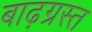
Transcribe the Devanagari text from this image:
बाढ़ग्रस्‍त